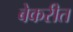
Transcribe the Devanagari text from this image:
बेकरीत